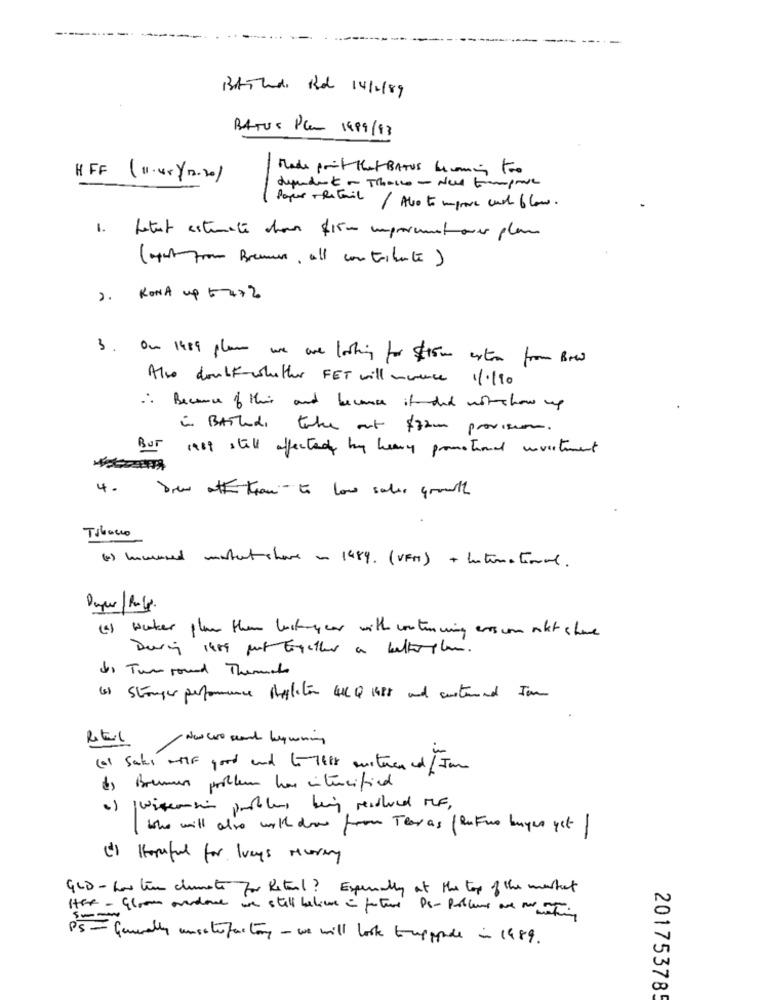
BAiland Rd 14/1/89
BATUS Plan 1999/13
Made point that BATUS bloming too
H FF (11.45)12.201
deundet - Those - New toimprove
Paper Retail / Abo to improve auch 6 hours.
1. Letest estamente con $15m improvement ouer plan
(gotfrom Brenner, all contribute)
2. KONA up 5472
3. On 1989 places we are looking for $150 extern from Bow
Also doubt-whether FET will nurance 1/1/90
.. Because of this and because it did notshow up
is Basladi take out film provision
BUT ast still affected by heavy promotional investment
4.
Die att than to low salir growth
Tibanco
(b) hammered matentshave an 1489. (VFAT) + International.
(a) water plan than lastyear with continuing erscom anket shane
During less put together a betterplace.
Jo Tun round Themat
1) Stranger performance polation 41Q 1488 and costand Jam
Retail
No wo and buywenig
(01 Saks MF good and 6-7618 arturen cd / Jan
d) Bremer problem has intensified
a) proitemsin portolens being resoluce MF,
( Who will also with down from Tear as ( Rukuo buyer yet )
(') Hopeful for lucys Meuering
GLD - how lin climate for Retail? Especially at the top of the market
Hoe - Gloom andare we still believe in future Ps- Problemet are and washing
PS= Generally unserefactory - we will look trupppode in 1989.
201753785